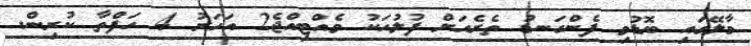
މާލޭގައި ބޮޑުވި ފެންގަނޑު ތެރެއަށް ފުލުހަކު ވެއްޓިއްޖެ2 އަހަރު 4 ހަފްތާ ކުރިން.